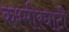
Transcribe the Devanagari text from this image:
कश्मीरघाटी